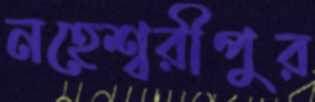
নহেশ্বরীপুর